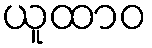
ယူထာဝ